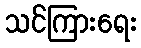
သင်ကြားရေး